Report of the Municipal Commissioner on the plague in Bombay for the year ending 31st May... - Volume 2
Disease focus: Plague
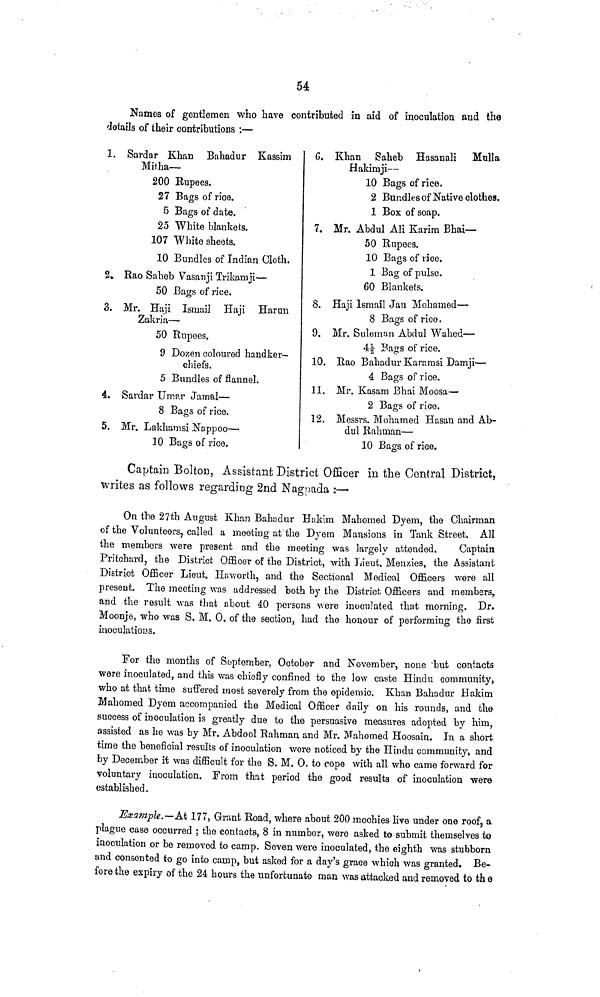
54
Names of gentlemen who have contributed in aid of inoculation and the
details of their contributions ;—
1.
2.
3.
4.
5.
Sardar Khan Bahadur Kassim
Mitha—
200 Rupees.
27 Bags of rice.
5 Bags of date.
25 White blankets.
107 "White sheets.
10 Bundles of Indian Cloth.
Rao Saheb Vasanji Trikamji —
50 Bags of rice.
O
Mr. Haji Ismail Haji Harun
Zakria —
50 Rupees. JL
9 Dozen coloured handker-
chiefs.
5 Bundles of flannel.
Sardar Umju· Jamal —
8 Bags of rice.
Mr. Lakhamsi Nappoo —
10 Bags of rice.
G. Khan Saheb Hasanali Mulla
Hakimji —
10 Bags of rice,
2 Bundles of Native clothes.
1 Box of soap.
7. Mr. Abdul Ali Karim Bhai —
50 Rupees.
10 Bags of rice.
1 Bag of pulse.
60 Blankets.
8. Haji Ismail Jan Mohamed —
8 Bags of rice.
9. Mr. Sulemnn Abdul Wahed —
4Í· Ba^s of rice.
¿t
C*
10. Rao Bahadur Kara m si Damji —
4. Bags of rice.
11. Mr. Kasam Bhai Moosa —
2
-r-\
n
·
Bags of rice.
σ
12. Messrs. Mohamed Hasan and Ab-
dul Rahman —
10 Bags of rice.
Captain Bolton, Assistant District Officer in the Central District,
writes as follows regarding 2nd Nagpada :—
On the 27th August Khan Bahadur Hnkim Mahomed Dyem, the Chairman
of the Volunteers, called a meeting at the Dyem Mansions in Tank Street. All
the members were present and the meeting was largely attended.
Captain
Pritchard, the District Officer of the District, with Lieut. Menzies, the Assistant
District Officer Lieut. Haworth, and the Sectional Medical Officers were all
present. The meeting was addressed both by the District Officers and members,
and the result was that about 4.0 persons were inoculated that morning. Dr.
Moonje, who was S. M. 0. of the section, had the honour of performing the first
inoculations.
For the months of September, October and November, none but contacts
were inoculated, and this was chiefly confined to the low caste Hindu community,
who at that time suffered most severely from the epidemic. Khan Bahadur Hakim
Mahomed Dyem accompanied the Medical Officer daily on his rounds, and the
success of inoculation is greatly due to the persuasive measures adopted by him,
assisted as he was by Mr. Abdool Rahman and Mr. Mahomed Hoosain. In a short,
time the beneficial results of inoculation wore noticed by the Hindu community, and
by December it was difficult for the S. M, 0. to cope with all who came forward for
voluntary inoculation. From that period the good results of inoculation were
established.
Example.- At 177, Grant Road, where about 200 mochies live under one roof, a
plague case occurred ; the contacts, 8 in number, were asked to submit themselves to
inoculation or be removed to camp. Seven were inoculated, the eighth was stubborn
and consented to go into camp, but asked for a day's grace which was granted. Be-
fore the expiry of the 24 hours the unfortunate man was attacked and removed to the